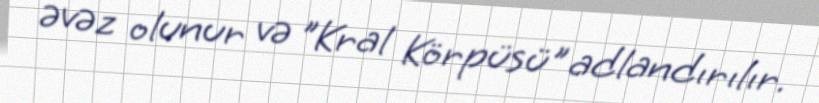
əvəz olunur və "Kral Körpüsü" adlandırılır.